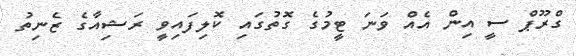
ގްރޫޕް ސީ އިން އެއް ވަނަ ޓީމުގެ ގޮތުގައި ކޮލިފައިވީ ރަޝިއާގެ ޒެނިތު